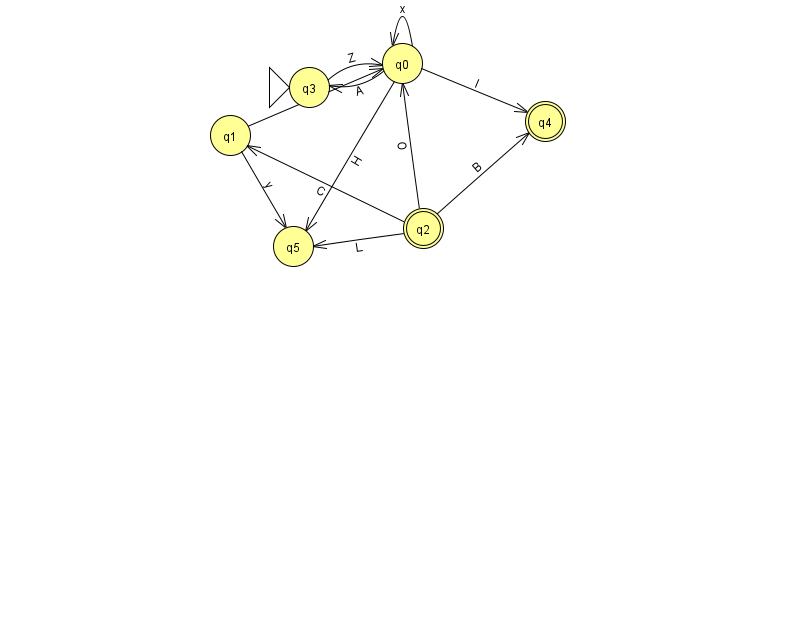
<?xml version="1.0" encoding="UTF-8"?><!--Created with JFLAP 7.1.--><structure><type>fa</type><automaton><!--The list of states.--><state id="0" name="q0"><x>402.0</x><y>50.0</y></state><state id="1" name="q1"><x>230.0</x><y>122.0</y></state><state id="2" name="q2"><x>423.0</x><y>215.0</y><final/></state><state id="3" name="q3"><x>309.0</x><y>74.0</y><initial/></state><state id="4" name="q4"><x>545.0</x><y>108.0</y><final/></state><state id="5" name="q5"><x>293.0</x><y>233.0</y></state><!--The list of transitions.--><transition><from>2</from><to>5</to><read>L</read></transition><transition><from>1</from><to>0</to><read>Y</read></transition><transition><from>1</from><to>5</to><read>y</read></transition><transition><from>2</from><to>0</to><read>O</read></transition><transition><from>0</from><to>3</to><read>A</read></transition><transition><from>2</from><to>1</to><read>C</read></transition><transition><from>0</from><to>0</to><read>x</read></transition><transition><from>0</from><to>5</to><read>H</read></transition><transition><from>3</from><to>0</to><read>Z</read></transition><transition><from>2</from><to>4</to><read>B</read></transition><transition><from>0</from><to>4</to><read>I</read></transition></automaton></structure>